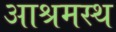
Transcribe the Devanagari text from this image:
आश्रमस्थ